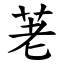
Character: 荖